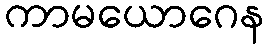
ကာမယောဂေန